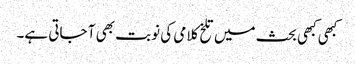
کبھی کبھی بحث میں تلخ کلامی کی نوبت بھی آ جاتی ہے۔